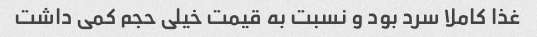
غذا کاملا سرد بود و‌ نسبت به قیمت خیلی حجم کمی داشت